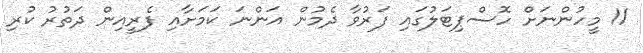
11 މީހުންނަށް ހޮސްޕިޓަލުގައި ފަރުވާ ދެމުން އަންނަ ކަމަށާއި ފެރީއިން ދަތުރު ކުރި